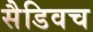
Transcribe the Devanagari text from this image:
सैडिवच